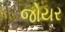
જોયર